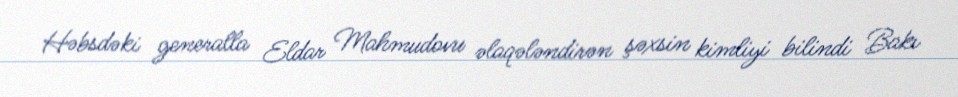
Həbsdəki generalla Eldar Mahmudovu əlaqələndirən şəxsin kimliyi bilindi Bakı